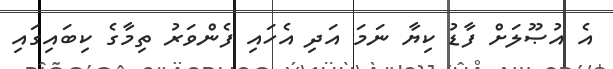
އެ އުޞޫލަށް ފާޑު ކިޔާ ނަމަ އަދި އެހައި ފެންވަރު ތިމާގެ ކިބައިގައި